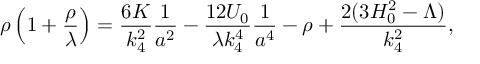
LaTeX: \rho \left( 1 + \frac { \rho } { \lambda } \right) = \frac { 6 K } { k _ { 4 } ^ { 2 } } \frac 1 { a ^ { 2 } } - \frac { 1 2 { \cal U } _ { 0 } } { \lambda k _ { 4 } ^ { 4 } } \frac 1 { a ^ { 4 } } - \rho + \frac { 2 ( 3 H _ { 0 } ^ { 2 } - \Lambda ) } { k _ { 4 } ^ { 2 } } ,